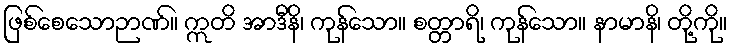
ဖြစ်စေသောဉာဏ်။ ဣတိ အာဒီနိ၊ ကုန်သော။ စတ္တာရိ၊ ကုန်သော။ နာမာနိ၊ တို့ကို။